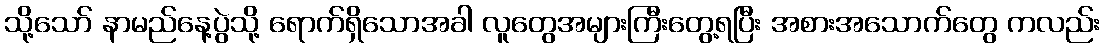
သို့သော် နာမည်နေ့ပွဲသို့ ရောက်ရှိသောအခါ လူတွေအများကြီးတွေ့ရပြီး အစားအသောက်တွေ ကလည်း